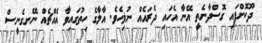
ދޫކޮށްފައި ގޮސްދާނެތީ އޭނާ އެހައި ދެރައެއް ނުޥިހެވެ. އާލާގެ ހިތުގައިވާ އެއްޗެއް ނޭނގެނީސް